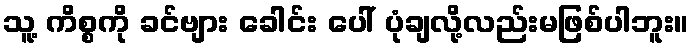
သူ့ ကိစ္စကို ခင်ဗျား ခေါင်း ပေါ် ပုံချလို့လည်းမဖြစ်ပါဘူး။